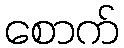
စောက်